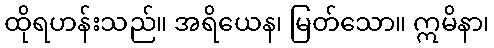
ထိုရဟန်းသည်။ အရိယေန၊ မြတ်သော။ ဣမိနာ၊